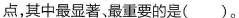
点，其中最显著，最重要的是()。